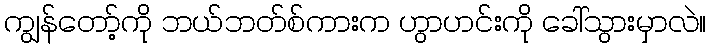
ကျွန်တော့်ကို ဘယ်ဘတ်စ်ကားက ဟွာဟင်းကို ခေါ်သွားမှာလဲ။